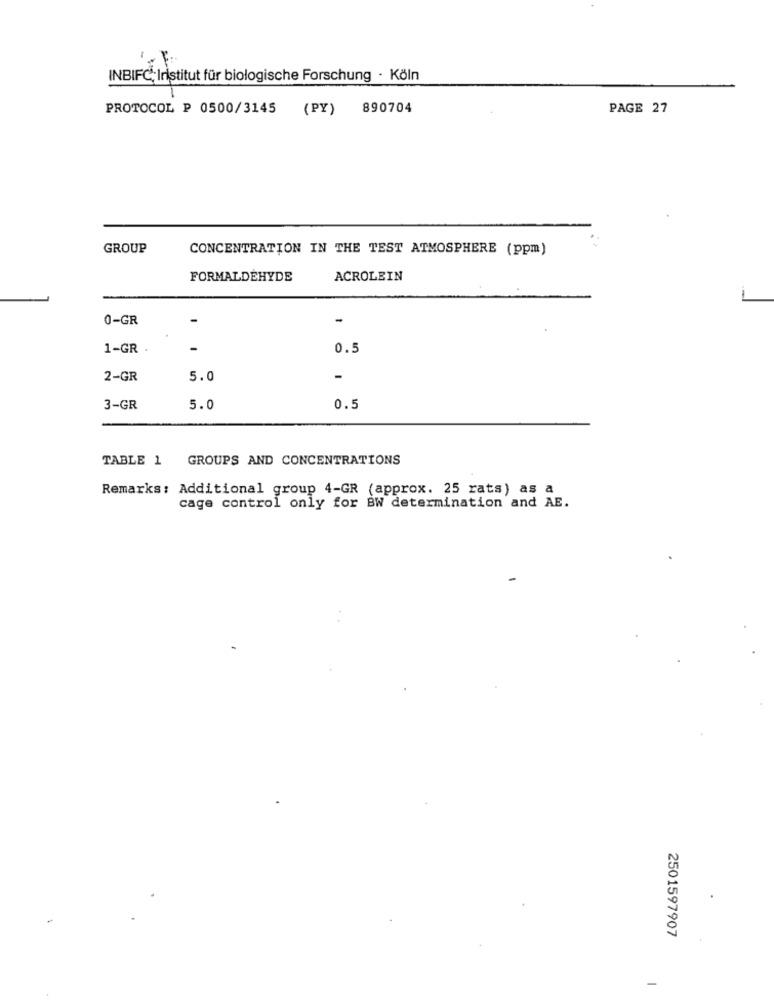
INBIFC; Institut für biologische Forschung · Köln
PROTOCOL P 0500/3145 (PY) 890704
PAGE 27
GROUP
CONCENTRATION IN THE TEST ATMOSPHERE (ppm)
FORMALDEHYDE
ACROLEIN
0-GR
-
1-GR .
-
0.5
2-GR
5.0
-
3-GR
5.0
0.5
TABLE 1 GROUPS AND CONCENTRATIONS
Remarks: Additional group 4-GR (approx. 25 rats) as a
cage control only for BW determination and AE.
2501597907
-